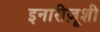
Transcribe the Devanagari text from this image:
इनारीज़ूशी